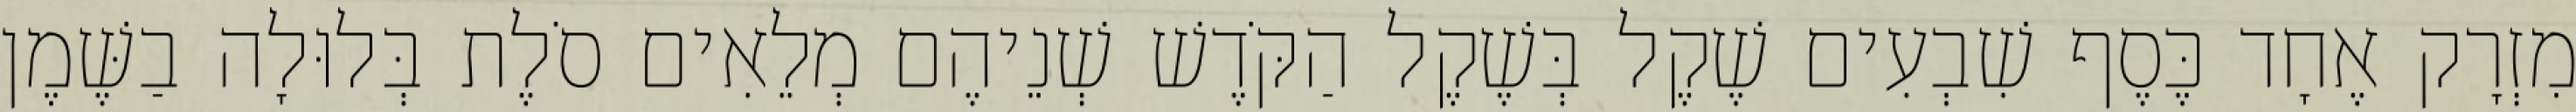
מִזְרָק אֶחָד כֶּסֶף שִׁבְעִים שֶׁקֶל בְּשֶׁקֶל הַקֹּדֶשׁ שְׁנֵיהֶם מְלֵאִים סֹלֶת בְּלוּלָה בַשֶּׁמֶן